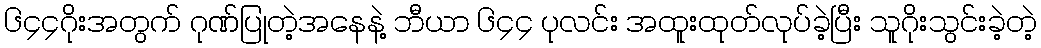
၆၄၄ဂိုးအတွက် ဂုဏ်ပြုတဲ့အနေနဲ့ ဘီယာ ၆၄၄ ပုလင်း အထူးထုတ်လုပ်ခဲ့ပြီး သူဂိုးသွင်းခဲ့တဲ့